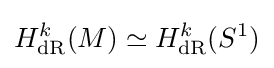
H_{\mathrm {dR} }^{k}(M)\simeq H_{\mathrm {dR} }^{k}(S^{1})